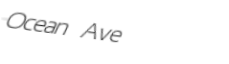
Ocean Ave